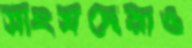
সাংসদেরাও